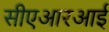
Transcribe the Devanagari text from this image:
सीएआरआई